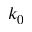
k _ { 0 }